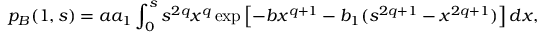
p _ { B } ( 1 , s ) = a a _ { 1 } \int _ { 0 } ^ { s } s ^ { 2 q } x ^ { q } \exp \left[ - b x ^ { q + 1 } - b _ { 1 } ( s ^ { 2 q + 1 } - x ^ { 2 q + 1 } ) \right] d x ,